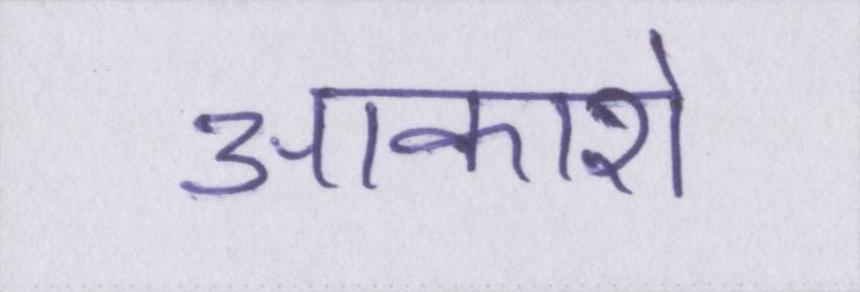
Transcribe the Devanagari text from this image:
आकाशे